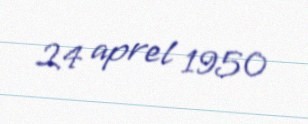
24 aprel 1950